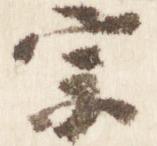
宗